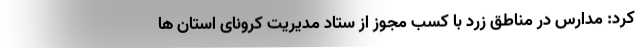
کرد: مدارس در مناطق زرد با کسب مجوز از ستاد مدیریت کرونای استان ها